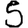
Digit: 5